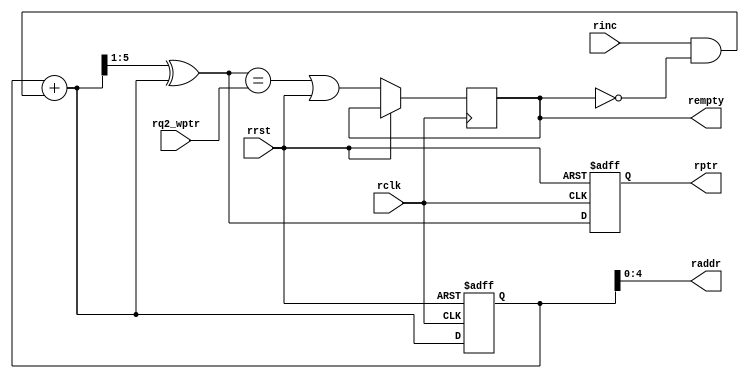
`timescale 1ns / 1ps
//////////////////////////////////////////////////////////////////////////////////
// Company: 
// Engineer: 
// 
// Design Name: 
// Module Name:    rptr_empty 
// Project Name: 
// Target Devices: 
// Tool versions: 
// Description: 
//
// Dependencies: 
//
// Revision: 
// Revision 0.01 - File Created
// Additional Comments: 
//
//////////////////////////////////////////////////////////////////////////////////
module rptr_empty #(parameter ADDRSIZE = 5)
	(
	 input rclk, rrst, rinc, 
	 input [ADDRSIZE: 0] rq2_wptr,
	 output reg rempty,
	 output [ADDRSIZE - 1: 0] raddr,
	 output reg [ADDRSIZE: 0] rptr
    );
	
	reg [ADDRSIZE: 0] rbin;
	wire [ADDRSIZE: 0] rbinnext, rgraynext;
	wire rempty_val;
	
	assign rbinnext = rbin + (rinc & ~rempty);
	assign rgraynext = (rbinnext >> 1) ^ rbinnext;
	assign raddr = rbin [ADDRSIZE-1 : 0] ;
	
	assign rempty_val = (rgraynext == {rq2_wptr[ADDRSIZE: ADDRSIZE-1], rq2_wptr[ADDRSIZE-2: 0]});
	
	always @ (negedge rclk or posedge rrst)
	begin
			if(rrst)
			begin
					rbin <= 0;
					rptr <= 0;
					//rempty <= rempty_val | rrst;
					
					
			end
			
			else 
			begin
					rbin <= rbinnext;
					rptr <= rgraynext;					
					rempty <= rempty_val | rrst;
			end
			
	end

endmodule